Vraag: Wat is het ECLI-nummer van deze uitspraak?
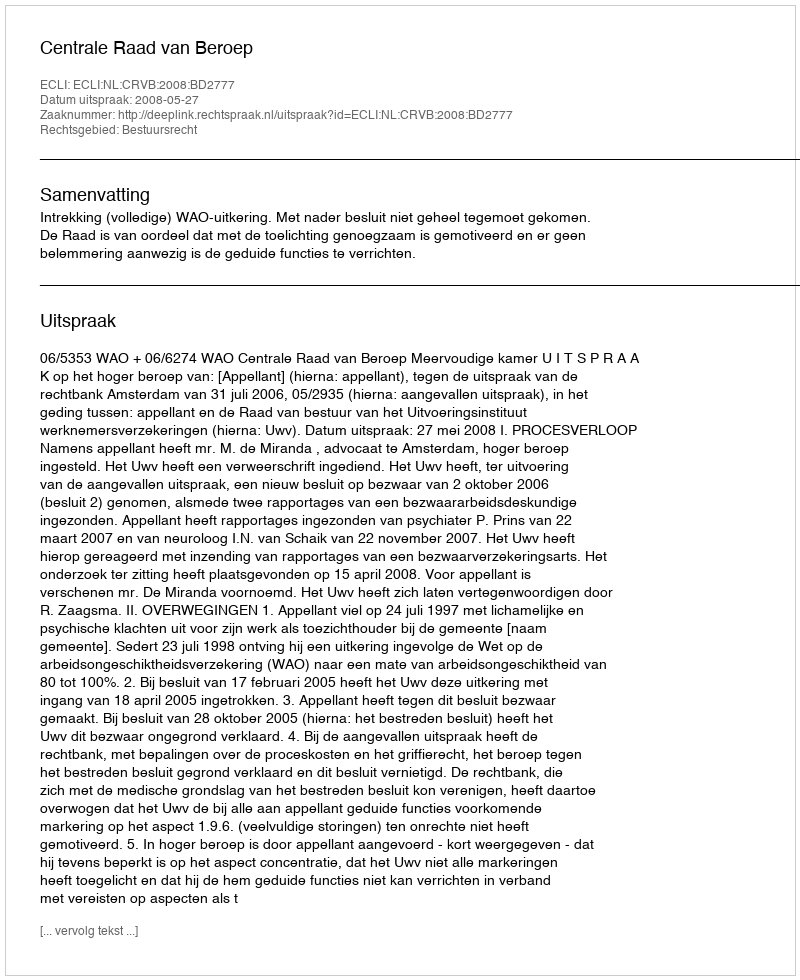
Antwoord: ECLI:NL:CRVB:2008:BD2777